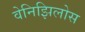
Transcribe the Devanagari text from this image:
वेनिझिलोस